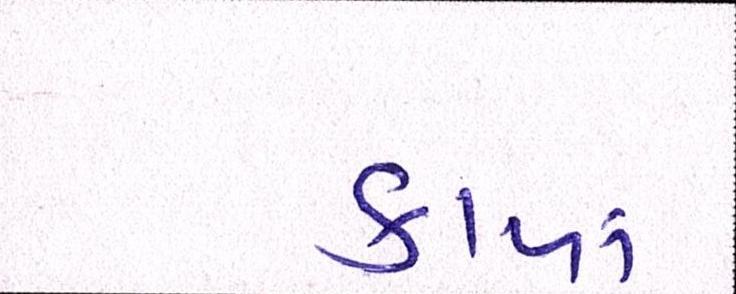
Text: કાળાં